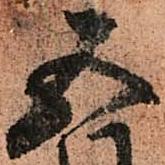
五